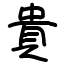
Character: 貴